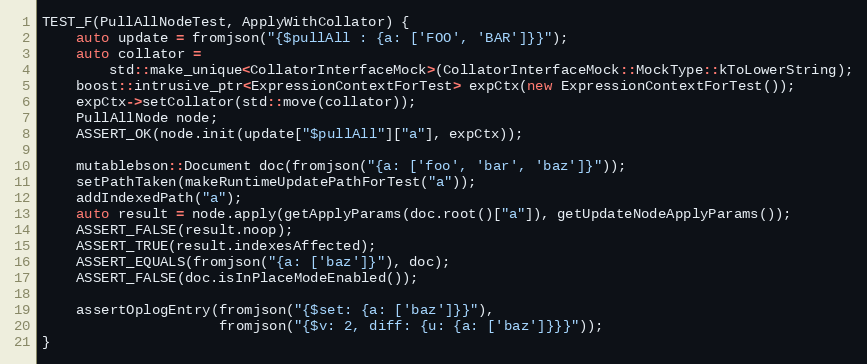
Language: C++
TEST_F(PullAllNodeTest, ApplyWithCollator) {
    auto update = fromjson("{$pullAll : {a: ['FOO', 'BAR']}}");
    auto collator =
        std::make_unique<CollatorInterfaceMock>(CollatorInterfaceMock::MockType::kToLowerString);
    boost::intrusive_ptr<ExpressionContextForTest> expCtx(new ExpressionContextForTest());
    expCtx->setCollator(std::move(collator));
    PullAllNode node;
    ASSERT_OK(node.init(update["$pullAll"]["a"], expCtx));

    mutablebson::Document doc(fromjson("{a: ['foo', 'bar', 'baz']}"));
    setPathTaken(makeRuntimeUpdatePathForTest("a"));
    addIndexedPath("a");
    auto result = node.apply(getApplyParams(doc.root()["a"]), getUpdateNodeApplyParams());
    ASSERT_FALSE(result.noop);
    ASSERT_TRUE(result.indexesAffected);
    ASSERT_EQUALS(fromjson("{a: ['baz']}"), doc);
    ASSERT_FALSE(doc.isInPlaceModeEnabled());

    assertOplogEntry(fromjson("{$set: {a: ['baz']}}"),
                     fromjson("{$v: 2, diff: {u: {a: ['baz']}}}"));
}